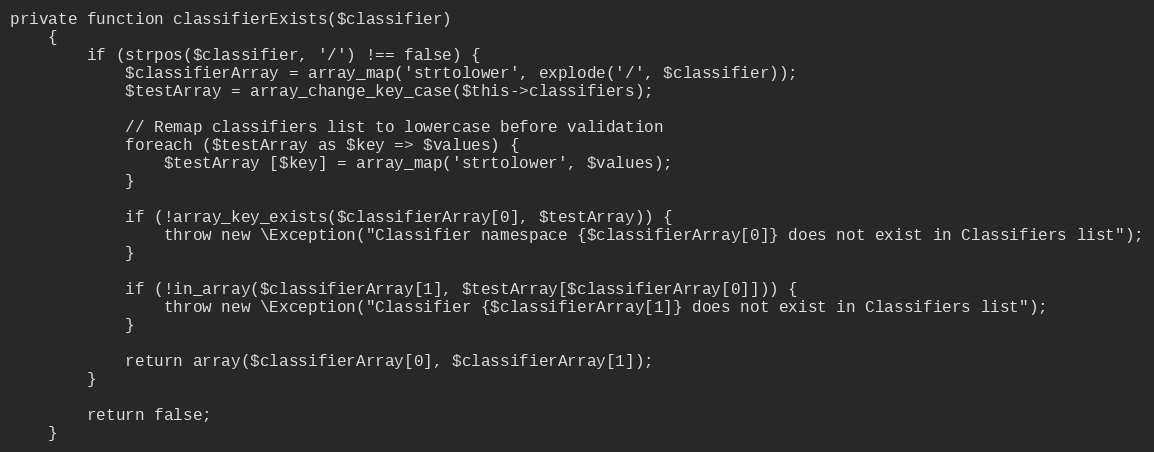
Language: PHP
private function classifierExists($classifier)
    {
        if (strpos($classifier, '/') !== false) {
            $classifierArray = array_map('strtolower', explode('/', $classifier));
            $testArray = array_change_key_case($this->classifiers);

            // Remap classifiers list to lowercase before validation
            foreach ($testArray as $key => $values) {
                $testArray [$key] = array_map('strtolower', $values);
            }

            if (!array_key_exists($classifierArray[0], $testArray)) {
                throw new \Exception("Classifier namespace {$classifierArray[0]} does not exist in Classifiers list");
            }

            if (!in_array($classifierArray[1], $testArray[$classifierArray[0]])) {
                throw new \Exception("Classifier {$classifierArray[1]} does not exist in Classifiers list");
            }

            return array($classifierArray[0], $classifierArray[1]);
        }

        return false;
    }